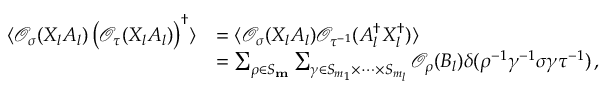
\begin{array} { r l } { \langle \mathcal { O } _ { \sigma } ( X _ { l } A _ { l } ) \left( \mathcal { O } _ { \tau } ( X _ { l } A _ { l } ) \right) ^ { \dagger } \rangle } & { = \langle \mathcal { O } _ { \sigma } ( X _ { l } A _ { l } ) \mathcal { O } _ { \tau ^ { - 1 } } ( A _ { l } ^ { \dagger } X _ { l } ^ { \dagger } ) \rangle } \\ { } & { = \sum _ { \rho \in S _ { \mathbf { m } } } \sum _ { \gamma \in S _ { m _ { 1 } } \times \dots \times S _ { m _ { l } } } \mathcal { O } _ { \rho } ( B _ { l } ) \delta ( \rho ^ { - 1 } \gamma ^ { - 1 } \sigma \gamma \tau ^ { - 1 } ) \, , } \end{array}